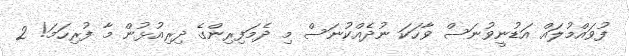
ފުވައްމުލައް އަޑުނީވުނަސް ވާހަކަ ނުދެއްކުނަސް މި ދެމަފިރިންގެ ދިރިއުޅުން މާ ފުރިހަމަ! 2